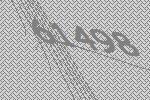
61498